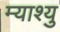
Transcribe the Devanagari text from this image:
म्याश्यु